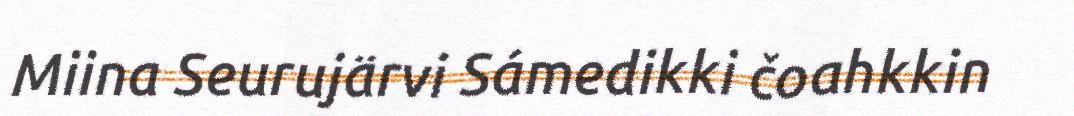
Miina Seurujärvi Sámedikki čoahkkin